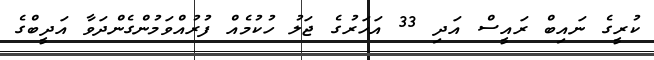
ކުރީގެ ނައިބް ރައީސް އަދި 33 އަހަރުގެ ޖަލު ހުކުމެއް ފުރުއްވަމުންގެންދަވާ އަދީބްގެ